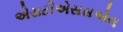
એસટીએસસએલ